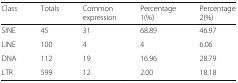
| Class | Totals | Common expression | Percentage 1(%) | Percentage 2(%) |
 | --- | --- | --- | --- | --- |
 | SINE | 45 | 31 | 68.89 | 46.97 |
 | LINE | 100 | 4 | 4 | 6.06 |
 | DNA | 112 | 19 | 16.96 | 28.79 |
 | LTR | 599 | 12 | 2.00 | 18.18 |